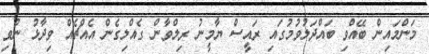
މަންމައިން ބޭއްވި ބައްދަލުވުމުގައި ރައީސް ޔާމީނު ރިލްވާން ގެއްލިގެން އެއްޗެއް ވިދާޅު ނުވި